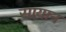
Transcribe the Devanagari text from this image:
सायान